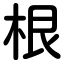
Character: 根